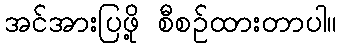
အင်အားပြဖို့ စီစဉ်ထားတာပါ။